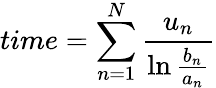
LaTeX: time=\sum_{n=1}^{N}{\frac{u_{n}}{\ln{\frac{b_{n}}{a_{n}}}}}